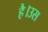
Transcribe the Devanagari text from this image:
है।उस